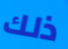
ذلك